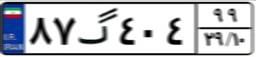
۸۷گ۴۰۴۹۹